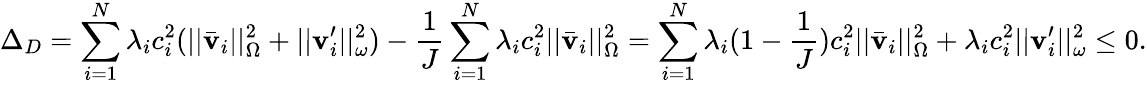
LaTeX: \Delta_{D}=\sum_{i=1}^{N}\lambda_{i}c_{i}^{2}(||\bar{\mathbf{v}}_{i}||_{\Omega}^{2}+||\mathbf{v}_{i}^{\prime}||_{\omega}^{2})-\frac{1}{J}\sum_{i=1}^{N}\lambda_{i}c_{i}^{2}||\bar{\mathbf{v}}_{i}||_{\Omega}^{2}=\sum_{i=1}^{N}\lambda_{i}(1-\frac{1}{J})c_{i}^{2}||\bar{\mathbf{v}}_{i}||_{\Omega}^{2}+\lambda_{i}c_{i}^{2}||\mathbf{v}_{i}^{\prime}||_{\omega}^{2}\leq 0.